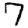
Digit: 7